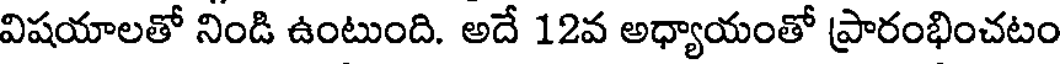
విషయాలతో నిండి ఉంటుంది. అదే 12వ అధ్యాయంతో ప్రారంభించటం